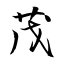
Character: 茂